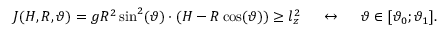
J ( H , R , \vartheta ) = g R ^ { 2 } \sin ^ { 2 } ( \vartheta ) \cdot ( H - R \cos ( \vartheta ) ) \geq l _ { z } ^ { 2 } ~ ~ ~ ~ \leftrightarrow ~ ~ ~ ~ \vartheta \in [ \vartheta _ { 0 } ; \vartheta _ { 1 } ] .